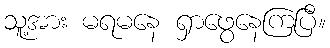
သူ့အား မရမနေ ရှာဖွေနေကြပြီ။